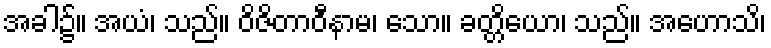
အခါ၌။ အယံ၊ သည်။ ဝိဇိတာဝီနာမ၊ သော။ ခတ္တိယော၊ သည်။ အဟောသိ၊